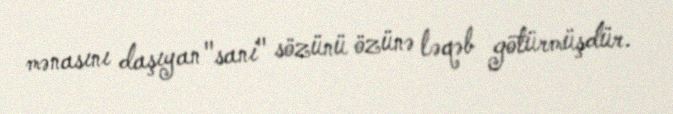
mənasını daşıyan "sani" sözünü özünə ləqəb götürmüşdür.